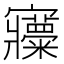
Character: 𡬍